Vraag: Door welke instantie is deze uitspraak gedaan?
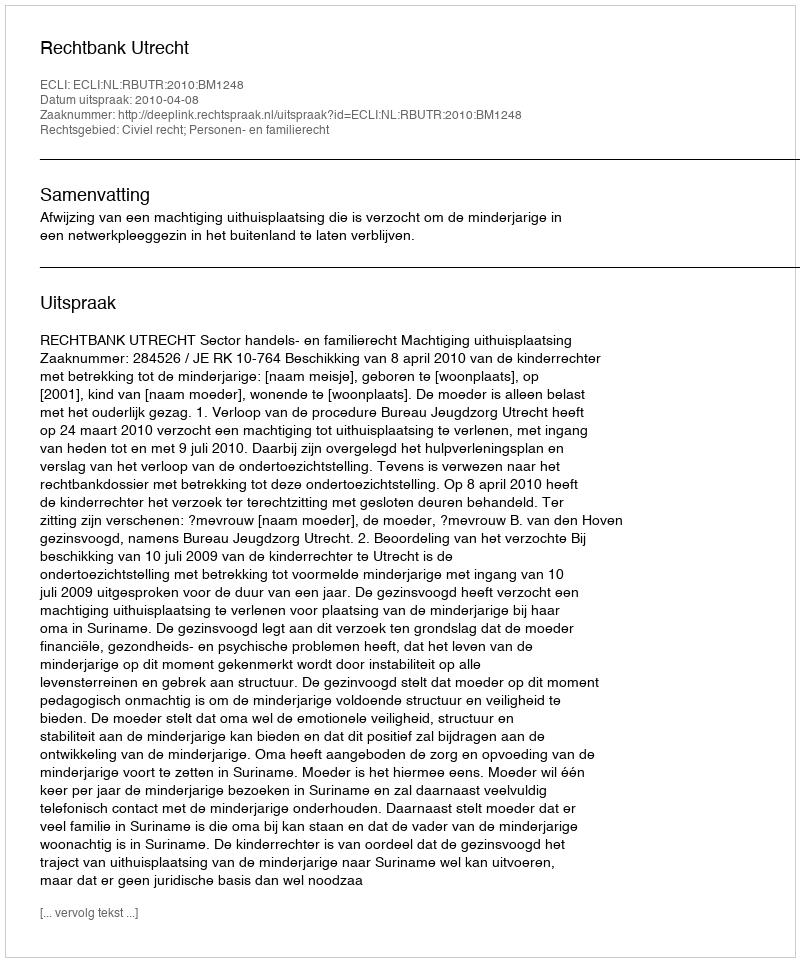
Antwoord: Rechtbank Utrecht